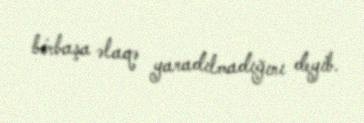
birbaşa əlaqə yaradılmadığını deyib.